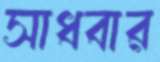
সাধবার